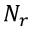
N _ { r }